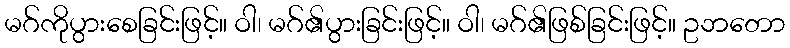
မဂ်ကိုပွားစေခြင်းဖြင့်။ ဝါ၊ မဂ်၏ပွားခြင်းဖြင့်။ ဝါ၊ မဂ်၏ဖြစ်ခြင်းဖြင့်။ ဥဘတော